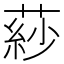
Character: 䔋